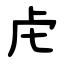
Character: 虍